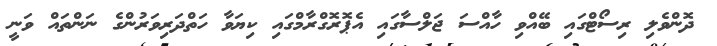
ދޮންވެލި ރިސޯޓްގައި ބޭއްވި ހާއްސަ ޖަލްސާގައި އެޕޮރޮގްރާމްގައި ކިޔަވާ ހަތްދަރިވަރުންގެ ނަންތައް ވަނީ